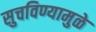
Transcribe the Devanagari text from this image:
सुचविण्यामुळे